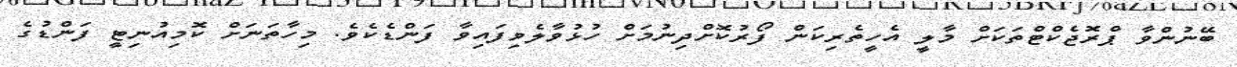
ބޭނުންވާ ޕްރޮޖެކްޓްތަކަށް މާލީ އެހީތެރިކަން ފޯރުކޮށްދިނުމަށް ހުޅުވާލެވިފައިވާ ފަންޑެކެވެ. މިހާތަނަށް ކޮމިއުނިޓީ ފަންޑުގެ